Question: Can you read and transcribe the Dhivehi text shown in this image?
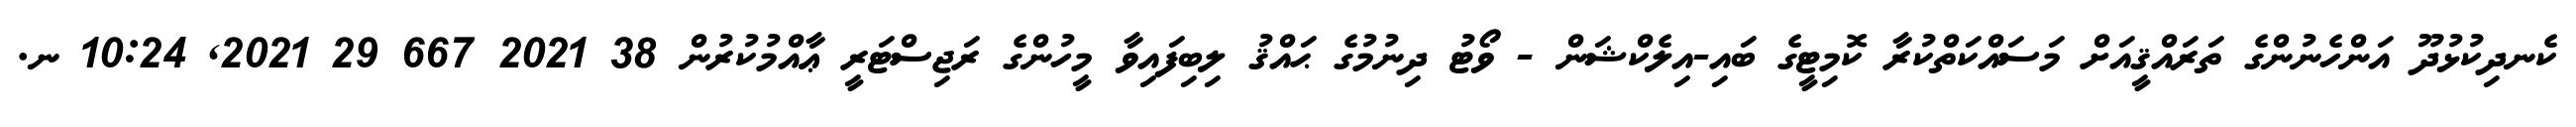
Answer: ކެނދިކުޅުދޫ އަންހެނުންގެ ތަރައްޤީއަށް މަސައްކަތްކުރާ ކޮމިޓީގެ ބައި-އިލެކްޝަން - ވޯޓު ދިނުމުގެ ޙައްޤު ލިބިފައިވާ މީހުންގެ ރަޖިސްޓަރީ ޢާއްމުކުރުން 38 2021 667 29 2021, 10:24 ނ.